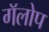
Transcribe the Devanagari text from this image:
गॅलोप